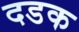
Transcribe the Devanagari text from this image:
दडक